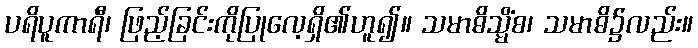
ပရိပူကာရီ၊ ဖြည့်ခြင်းကိုပြုလေ့ရှိ၏ဟူ၍။ သမာဓိသ္မိံစ၊ သမာဓိ၌လည်း။